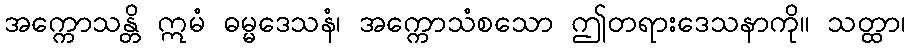
အက္ကောသန္တိ ဣမံ ဓမ္မဒေသနံ၊ အက္ကောသံစသော ဤတရားဒေသနာကို။ သတ္ထာ၊